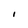
Character: i